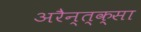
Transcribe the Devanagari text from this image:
अरैन्त्क्सा